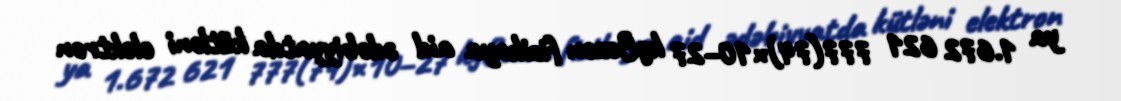
ya 1.672 621 777(74)×10−27 kgBəzən fizikaya aid ədəbiyyatda kütləni elektron